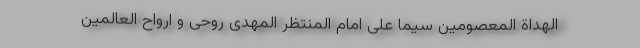
الهداة المعصومین سیما علی امام المنتظر المهدی روحی و ارواح العالمین